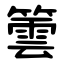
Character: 䉙